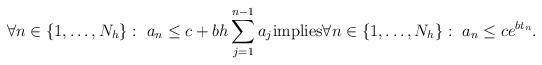
LaTeX: \begin{align*} \forall n\in\{1,\dots,N_h\}: \ a_n \leq c + bh\sum_{j=1}^{n-1}a_{j} \textrm{implies} \forall n\in\{1,\dots,N_h\}: \ a_n\leq ce^{bt_n}.\end{align*}